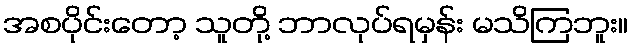
အစပိုင်းတော့ သူတို့ ဘာလုပ်ရမှန်း မသိကြဘူး။